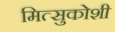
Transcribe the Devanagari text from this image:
मित्सुकोशी